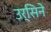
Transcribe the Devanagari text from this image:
उर्सिने